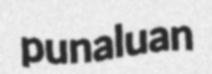
punaluan